King Institute of Preventive Medicine Micro-Biological Section reports 1912-19
Year: 1912
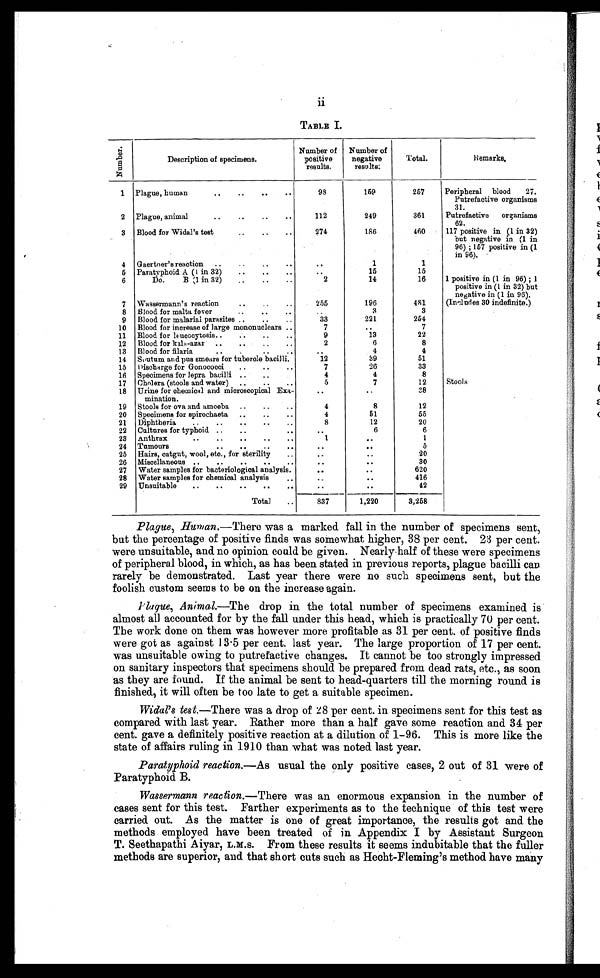
ii
TABLE I.
Plague, Human. —There was a marked fall in the number of specimens sent,
but the percentage of positive finds was somewhat higher, 38 per cent. 23 per cent.
were unsuitable, and no opinion could be given. Nearly-half of these were specimens
of peripheral blood, in which, as has been stated in previous reports, plague bacilli can
rarely be demonstrated. Last year there were no such specimens sent, but the
foolish custom seems to be on the increase again.
Plague, Animal.—The drop in the total number of specimens examined is
almost all accounted for by the fall under this head, which is practically 70 per cent.
The work done on them was however more profitable as 31 per cent. of positive finds
were got as against 13·5 per cent. last year. The large proportion of 17 per cent.
was unsuitable owing to putrefactive changes. It cannot be too strongly impressed
on sanitary inspectors that specimens should be prepared from dead rats, etc., as soon
as they are found. If the animal be sent to head-quarters till the morning round is
finished, it will often be too late to get a suitable specimen.
Widal's test.— T h e r e w a s a d r o p o f 2 8 p e r c e n t . i n s p e c i m e n s s e n t f o r t h i s t e s t a s
compared with last year. Rather more than a half gave some reaction and 34 per
cent. gave a definitely positive reaction at a dilution of 1–96. This is more like the
state of affairs ruling in 1910 than what was noted last year.
Paratyphoid reaction. —As usual the only positive cases, 2 out of 31 were of
Paratyphoid B.
Wassermann reaction. —There was an enormous expansion in the number of
cases sent for this test. Farther experiments as to the technique of this test were
carried out. As the matter is one of great importance, the results got and the
methods employed have been treated of in Appendix I by Assistant Surgeon
T. Seethapathi Aiyar, L.M.S. From these results it seems indubitable that the fuller
methods are superior, and that short cuts such as Hecht-Fleming's method have many